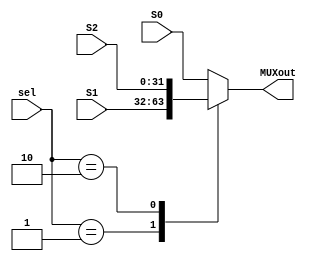
module MUX_31 (
    input [1:0] sel,
    input [31:0] S0,S1,S2,
    output reg [31:0] MUXout
);

    always@(*) begin

        case (sel)
            2'b00 : MUXout = S0 ;
            2'b01 : MUXout = S1 ;
            2'b10 : MUXout = S2 ;
            default: MUXout = S0 ;
        endcase

    end
    
endmodule